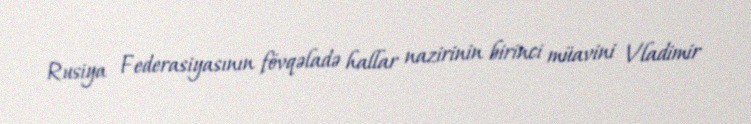
Rusiya Federasiyasının fövqəladə hallar nazirinin birinci müavini Vladimir